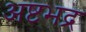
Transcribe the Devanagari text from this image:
अष्टभद्र